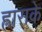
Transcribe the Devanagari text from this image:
ह्रासके